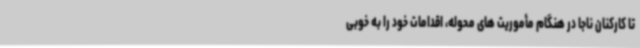
تا کارکنان ناجا در هنگام مأموریت های محوله، اقدامات خود را به خوبی